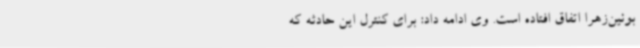
بوئین‌زهرا اتفاق افتاده است. وی ادامه داد: برای کنترل این حادثه که